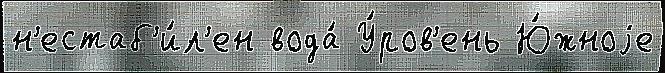
н'естаб'и́л'ен вода́ У́ров'ень Ю́жноjе